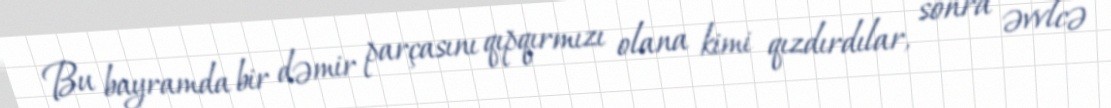
Bu bayramda bir dəmir parçasını qıpqırmızı olana kimi qızdırdılar, sonra əvvlcə